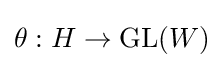
\theta :H\to {\text{GL}}(W)